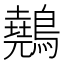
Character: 䴃